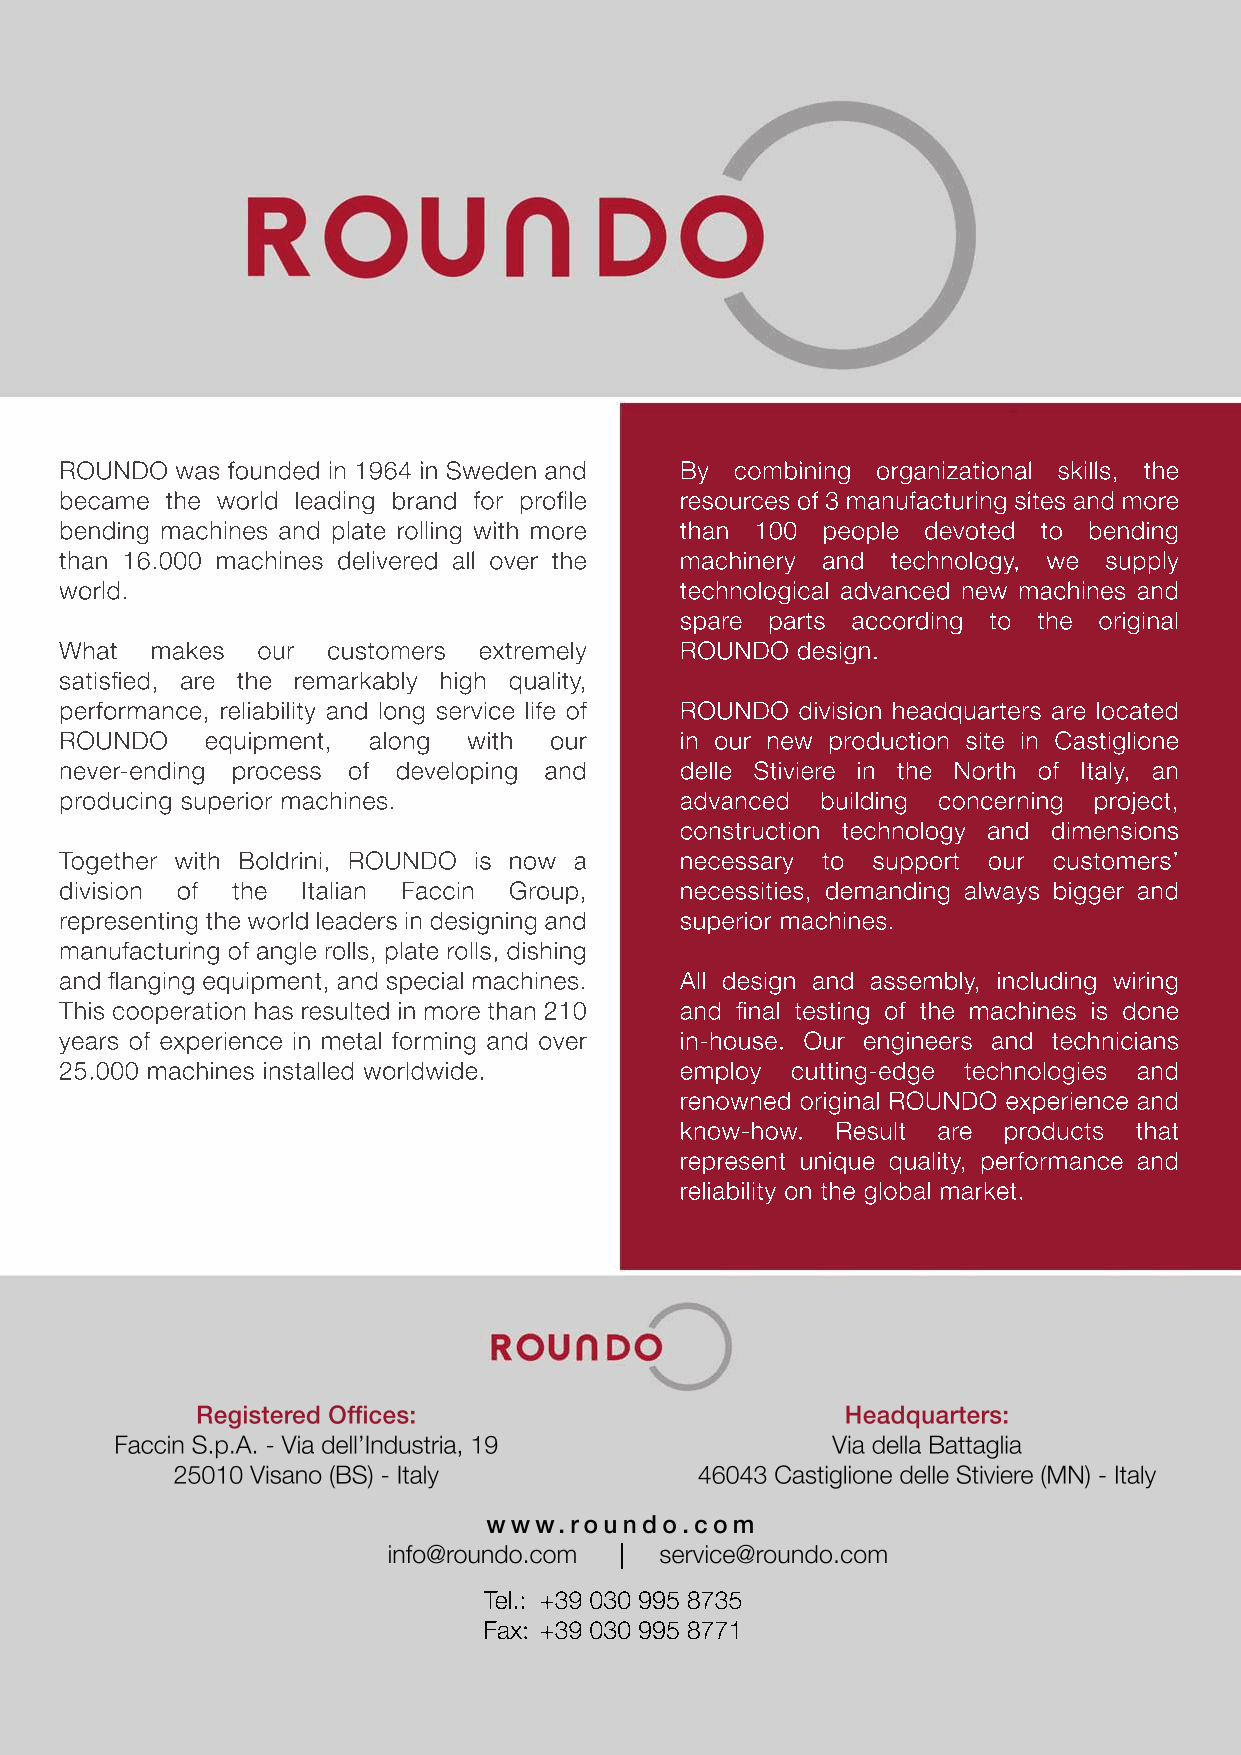
ROUNDO  was founded in 1964 in Sweden and By combining organizational skills, the
 became the world leading brand for profile resources of 3 manufacturing sites and more
 bending machines and plate rolling with more than 100 people devoted to bending
 than 16.000 machines delivered all over the machinery and technology, we supply
 world.                                   technological advanced new machines and
 spare parts according to the original
 What  makes  our  customers extremely    ROUNDO  design.
 satisfied, are the remarkably high quality,
 ppeerrffoorrmmaannccee,, reliability and long service life of RROOUUNNDDOO division headquarters are located
 ROUNDO    equipment, along with our      in our new production site in Castiglione
 never-ending process of developing and   delle Stiviere in the North of Italy, an
 producing superior machines.             advanced building concerning project,
 construction technology and dimensions
 Together with Boldrini, ROUNDO is now a  necessary to support our customers’
 division of the Italian Faccin Group,    nneecceessssiittiieess,, demanding always bigger and
 rrepresenting the world leaders in designing and superior machines.
 manufacturing of angle rolls, plate rolls, dishing
 and flanging equipment, and special machines. AAllll design and assembly, including wiring
 This cooperation has resulted in more than 210 and final testing of the machines is done
 years of experience in metal forming and over in-house. Our engineers and technicians
 25.000 machines installed worldwide.     employ cutting-edge technologies and
 renowned original ROUNDO experience and
 know-how. Result are products that
 rrepresent unique quality, performance and
 reliability on the global market.
 Tel.: +39 030 995 8735
 Fax: +39 030 995 8771